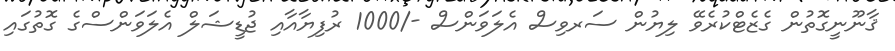
ޤާނޫނީގޮތުން ގެޒެޓްކުރެވޭ ލިޔުން ސަރވިސް އެލަވަންސް -/1000 ރުފިޔާއާއި ޖުޑީޝަލް އެލަވަންސްގެ ގޮތުގައި